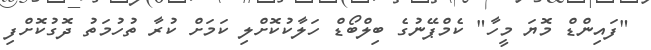
"ފައިންޑް މޮޔަ މީހާ" ކެމްޕޭނުގެ ބިލްބޯޑް ހަލާކުކޮށްލި ކަމަށް ކުރާ ތުހުމަތު ދޮގުކޮށްފި